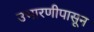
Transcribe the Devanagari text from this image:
उभारणीपासून